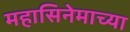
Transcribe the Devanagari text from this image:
महासिनेमाच्या